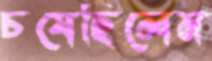
চষেছিলেম